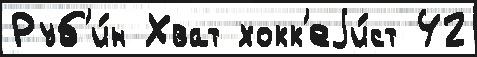
Руб'и́н Хват хокк'еjи́ст 42